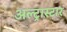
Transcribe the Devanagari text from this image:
अल्ट्रास्टार